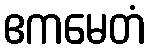
ဧကမေတံ